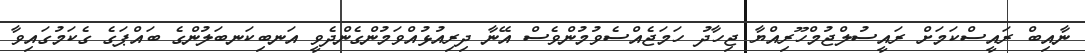
ނާއިބް ރައީސްކަމަށް ރައީސުލްޖުމްހޫރިއްޔާ ޖިހާދު ހަމަޖެއްސެވުމުންވެސް އޭނާ ދިރިއުޅުއްވަމުންގެންދެވީ އަނބިކަނބަލުންގެ ބައްޕަގެ ގެކަމުގައިވާ